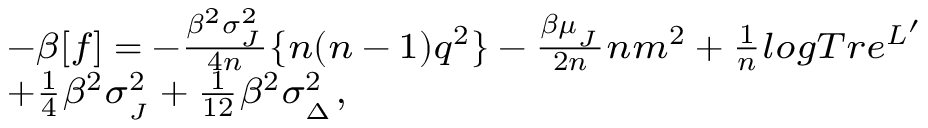
{ \footnotesize \begin{array} { r l } & { - \beta [ f ] = - \frac { \beta ^ { 2 } \sigma _ { _ { J } } ^ { 2 } } { 4 n } \{ n ( n - 1 ) q ^ { 2 } \} - \frac { \beta \mu _ { _ { J } } } { 2 n } n m ^ { 2 } + \frac { 1 } { n } l o g T r e ^ { L ^ { \prime } } } \\ & { + \frac { 1 } { 4 } \beta ^ { 2 } \sigma _ { _ { J } } ^ { 2 } + \frac { 1 } { 1 2 } \beta ^ { 2 } \sigma _ { _ { \Delta } } ^ { 2 } , } \end{array} }